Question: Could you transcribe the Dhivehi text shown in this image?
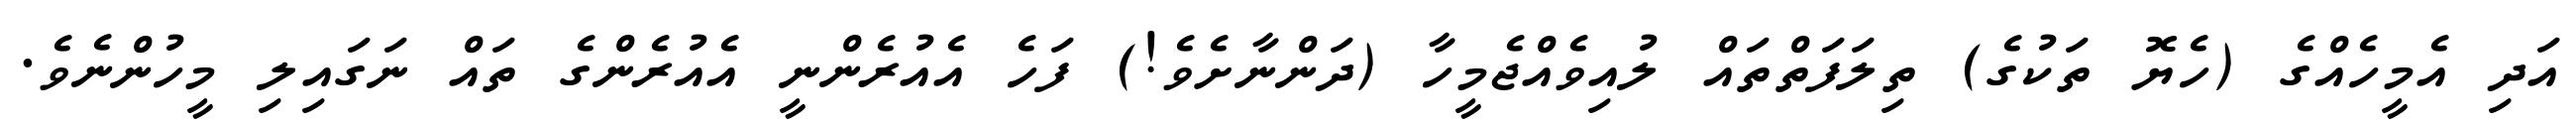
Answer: އަދި އެމީހެއްގެ (ހެޔޮ ތަކުގެ) ތިލަފަތްތައް ލުއިވެއްޖެމީހާ (ދަންނާށެވެ!) ފަހެ އެއުރެންނީ އެއުރެންގެ ތައް ނަގައިލި މީހުންނެވެ.